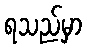
ရသည်မှာ